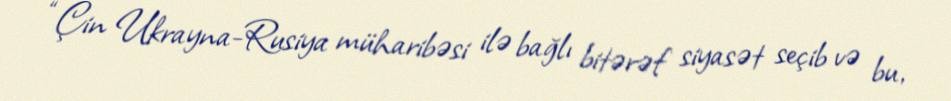
“Çin Ukrayna-Rusiya müharibəsi ilə bağlı bitərəf siyasət seçib və bu,